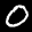
Label: 0